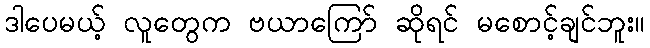
ဒါပေမယ့် လူတွေက ဗယာကြော် ဆိုရင် မစောင့်ချင်ဘူး။